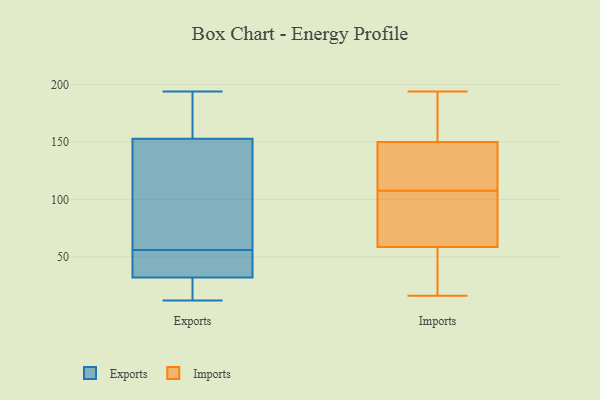
{"axis": {"x": "Net Income (USD K)", "y": "Value"}, "legend": ["Exports", "Imports"], "data": [{"x": "", "y": 157, "type": "Exports"}, {"x": "", "y": 194, "type": "Exports"}, {"x": "", "y": 42, "type": "Exports"}, {"x": "", "y": 153, "type": "Exports"}, {"x": "", "y": 26, "type": "Exports"}, {"x": "", "y": 56, "type": "Exports"}, {"x": "", "y": 12, "type": "Exports"}, {"x": "", "y": 157, "type": "Exports"}, {"x": "", "y": 32, "type": "Exports"}, {"x": "", "y": 113, "type": "Exports"}, {"x": "", "y": 76, "type": "Exports"}, {"x": "", "y": 22, "type": "Exports"}, {"x": "", "y": 56, "type": "Exports"}, {"x": "", "y": 44, "type": "Exports"}, {"x": "", "y": 194, "type": "Imports"}, {"x": "", "y": 54, "type": "Imports"}, {"x": "", "y": 127, "type": "Imports"}, {"x": "", "y": 151, "type": "Imports"}, {"x": "", "y": 77, "type": "Imports"}, {"x": "", "y": 141, "type": "Imports"}, {"x": "", "y": 74, "type": "Imports"}, {"x": "", "y": 16, "type": "Imports"}, {"x": "", "y": 111, "type": "Imports"}, {"x": "", "y": 156, "type": "Imports"}, {"x": "", "y": 168, "type": "Imports"}, {"x": "", "y": 48, "type": "Imports"}, {"x": "", "y": 104, "type": "Imports"}, {"x": "", "y": 63, "type": "Imports"}, {"x": "", "y": 149, "type": "Imports"}, {"x": "", "y": 51, "type": "Imports"}]}